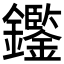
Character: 𨯿